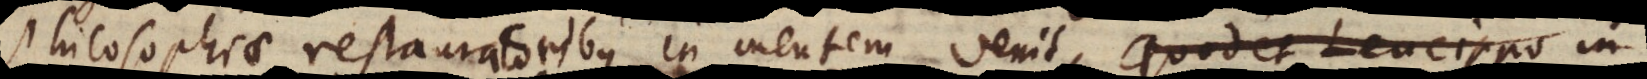
Philosophiae restauratoribus in mentem venit, quod et Leucippo in